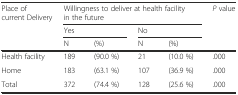
<table><thead><tr><td rowspan="3"><b>Place of current Delivery</b></td><td colspan="4"><b>Willingness to deliver at health facility in the future</b></td><td><b><i>P</i> value</b></td></tr><tr><td colspan="2"><b>Yes</b></td><td colspan="2"><b>No</b></td><td></td></tr><tr><td><b>N</b></td><td><b>(%)</b></td><td><b>N</b></td><td><b>(%)</b></td><td></td></tr></thead><tbody><tr><td>Health facility</td><td>189</td><td>(90.0 %)</td><td>21</td><td>(10.0 %)</td><td>.000</td></tr><tr><td>Home</td><td>183</td><td>(63.1 %)</td><td>107</td><td>(36.9 %)</td><td>.000</td></tr><tr><td>Total</td><td>372</td><td>(74.4 %)</td><td>128</td><td>(25.6 %)</td><td>.000</td></tr></tbody></table>